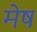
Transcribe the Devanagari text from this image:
मेेष